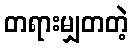
တရားမျှတတဲ့